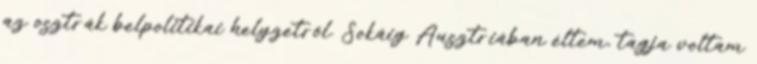
az osztrák belpolitikai helyzetről. Sokáig Ausztriában éltem, tagja voltam